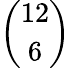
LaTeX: \binom{12}{6}